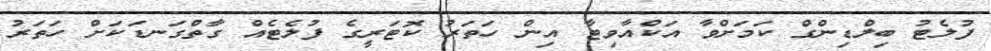
ފުލެޓު ބިލްޑިންގް ކަމަށްވާ އަކްއާވިޓާ އިން ހަތަރު ކޮޓަރީގެ ފުލެޓެއް ގާތްގަނޑަކަށް ހަތަރު